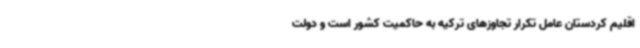
اقلیم کردستان عامل تکرار تجاوزهای ترکیه به حاکمیت کشور است و دولت